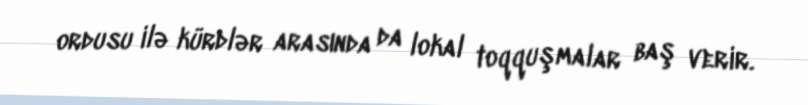
ordusu ilə kürdlər arasında da lokal toqquşmalar baş verir.